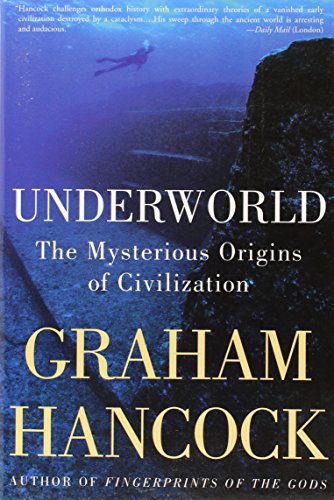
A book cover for Underworld: The Mysterious Origins of Civilization; Graham Hancock; Science & Math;